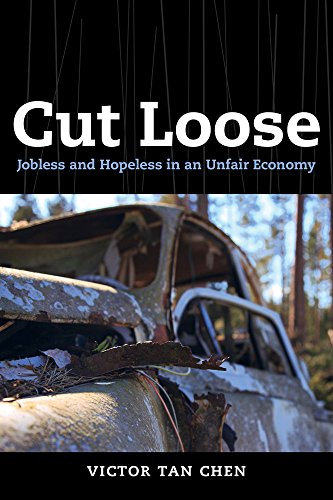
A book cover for Cut Loose: Jobless and Hopeless in an Unfair Economy; Victor Tan Chen; Business & Money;